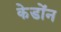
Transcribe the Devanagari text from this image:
केडोंन